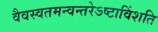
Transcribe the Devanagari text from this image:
वैवस्वतमन्वन्तरेऽष्टाविंशति